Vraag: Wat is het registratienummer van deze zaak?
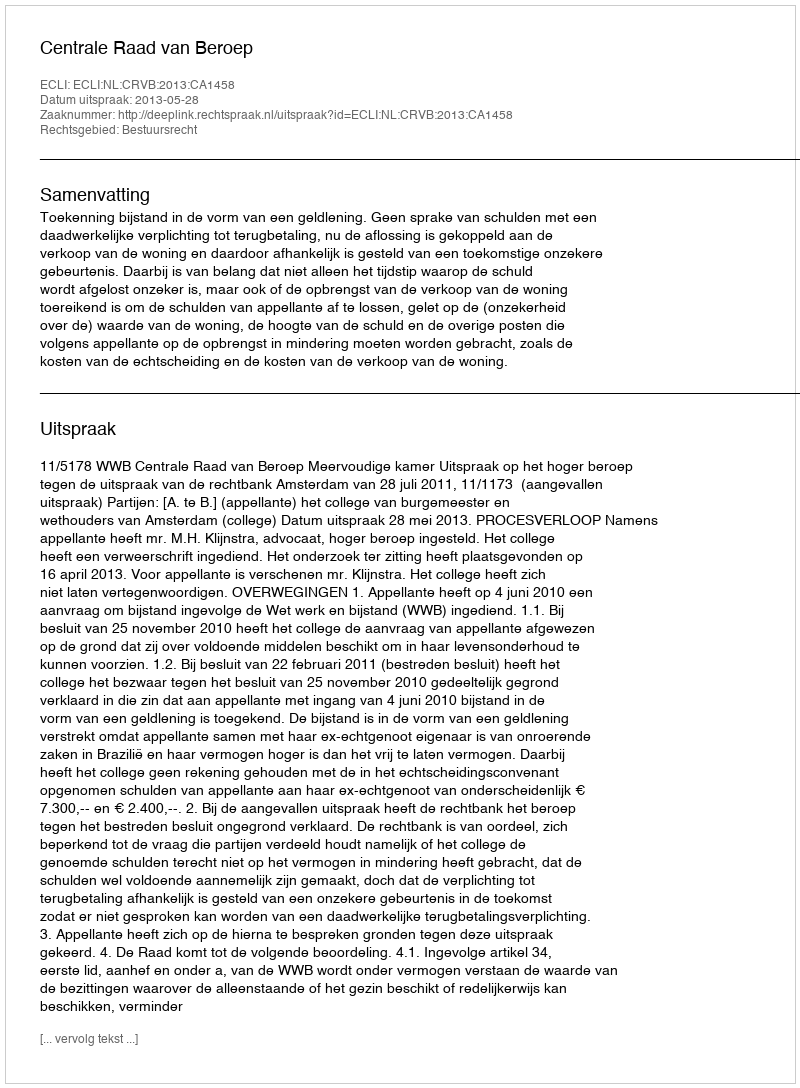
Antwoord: http://deeplink.rechtspraak.nl/uitspraak?id=ECLI:NL:CRVB:2013:CA1458